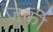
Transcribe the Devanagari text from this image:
जर्की